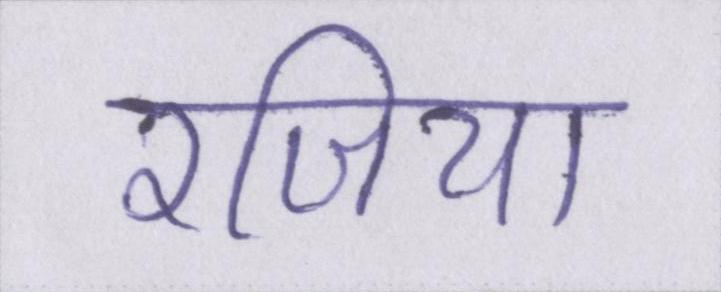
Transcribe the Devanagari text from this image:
रजिया